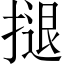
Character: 𢱸